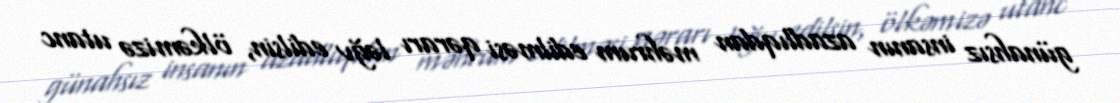
günahsız insanın azadlıqdan məhrum edilməsi qərarı ləğv edilsin, ölkəmizə utanc